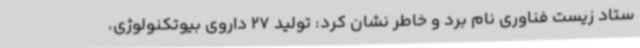
ستاد زیست فناوری نام برد و خاطر نشان کرد: تولید 27 داروی بیوتکنولوژی،